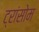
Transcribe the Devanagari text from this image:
ट्रांसोम